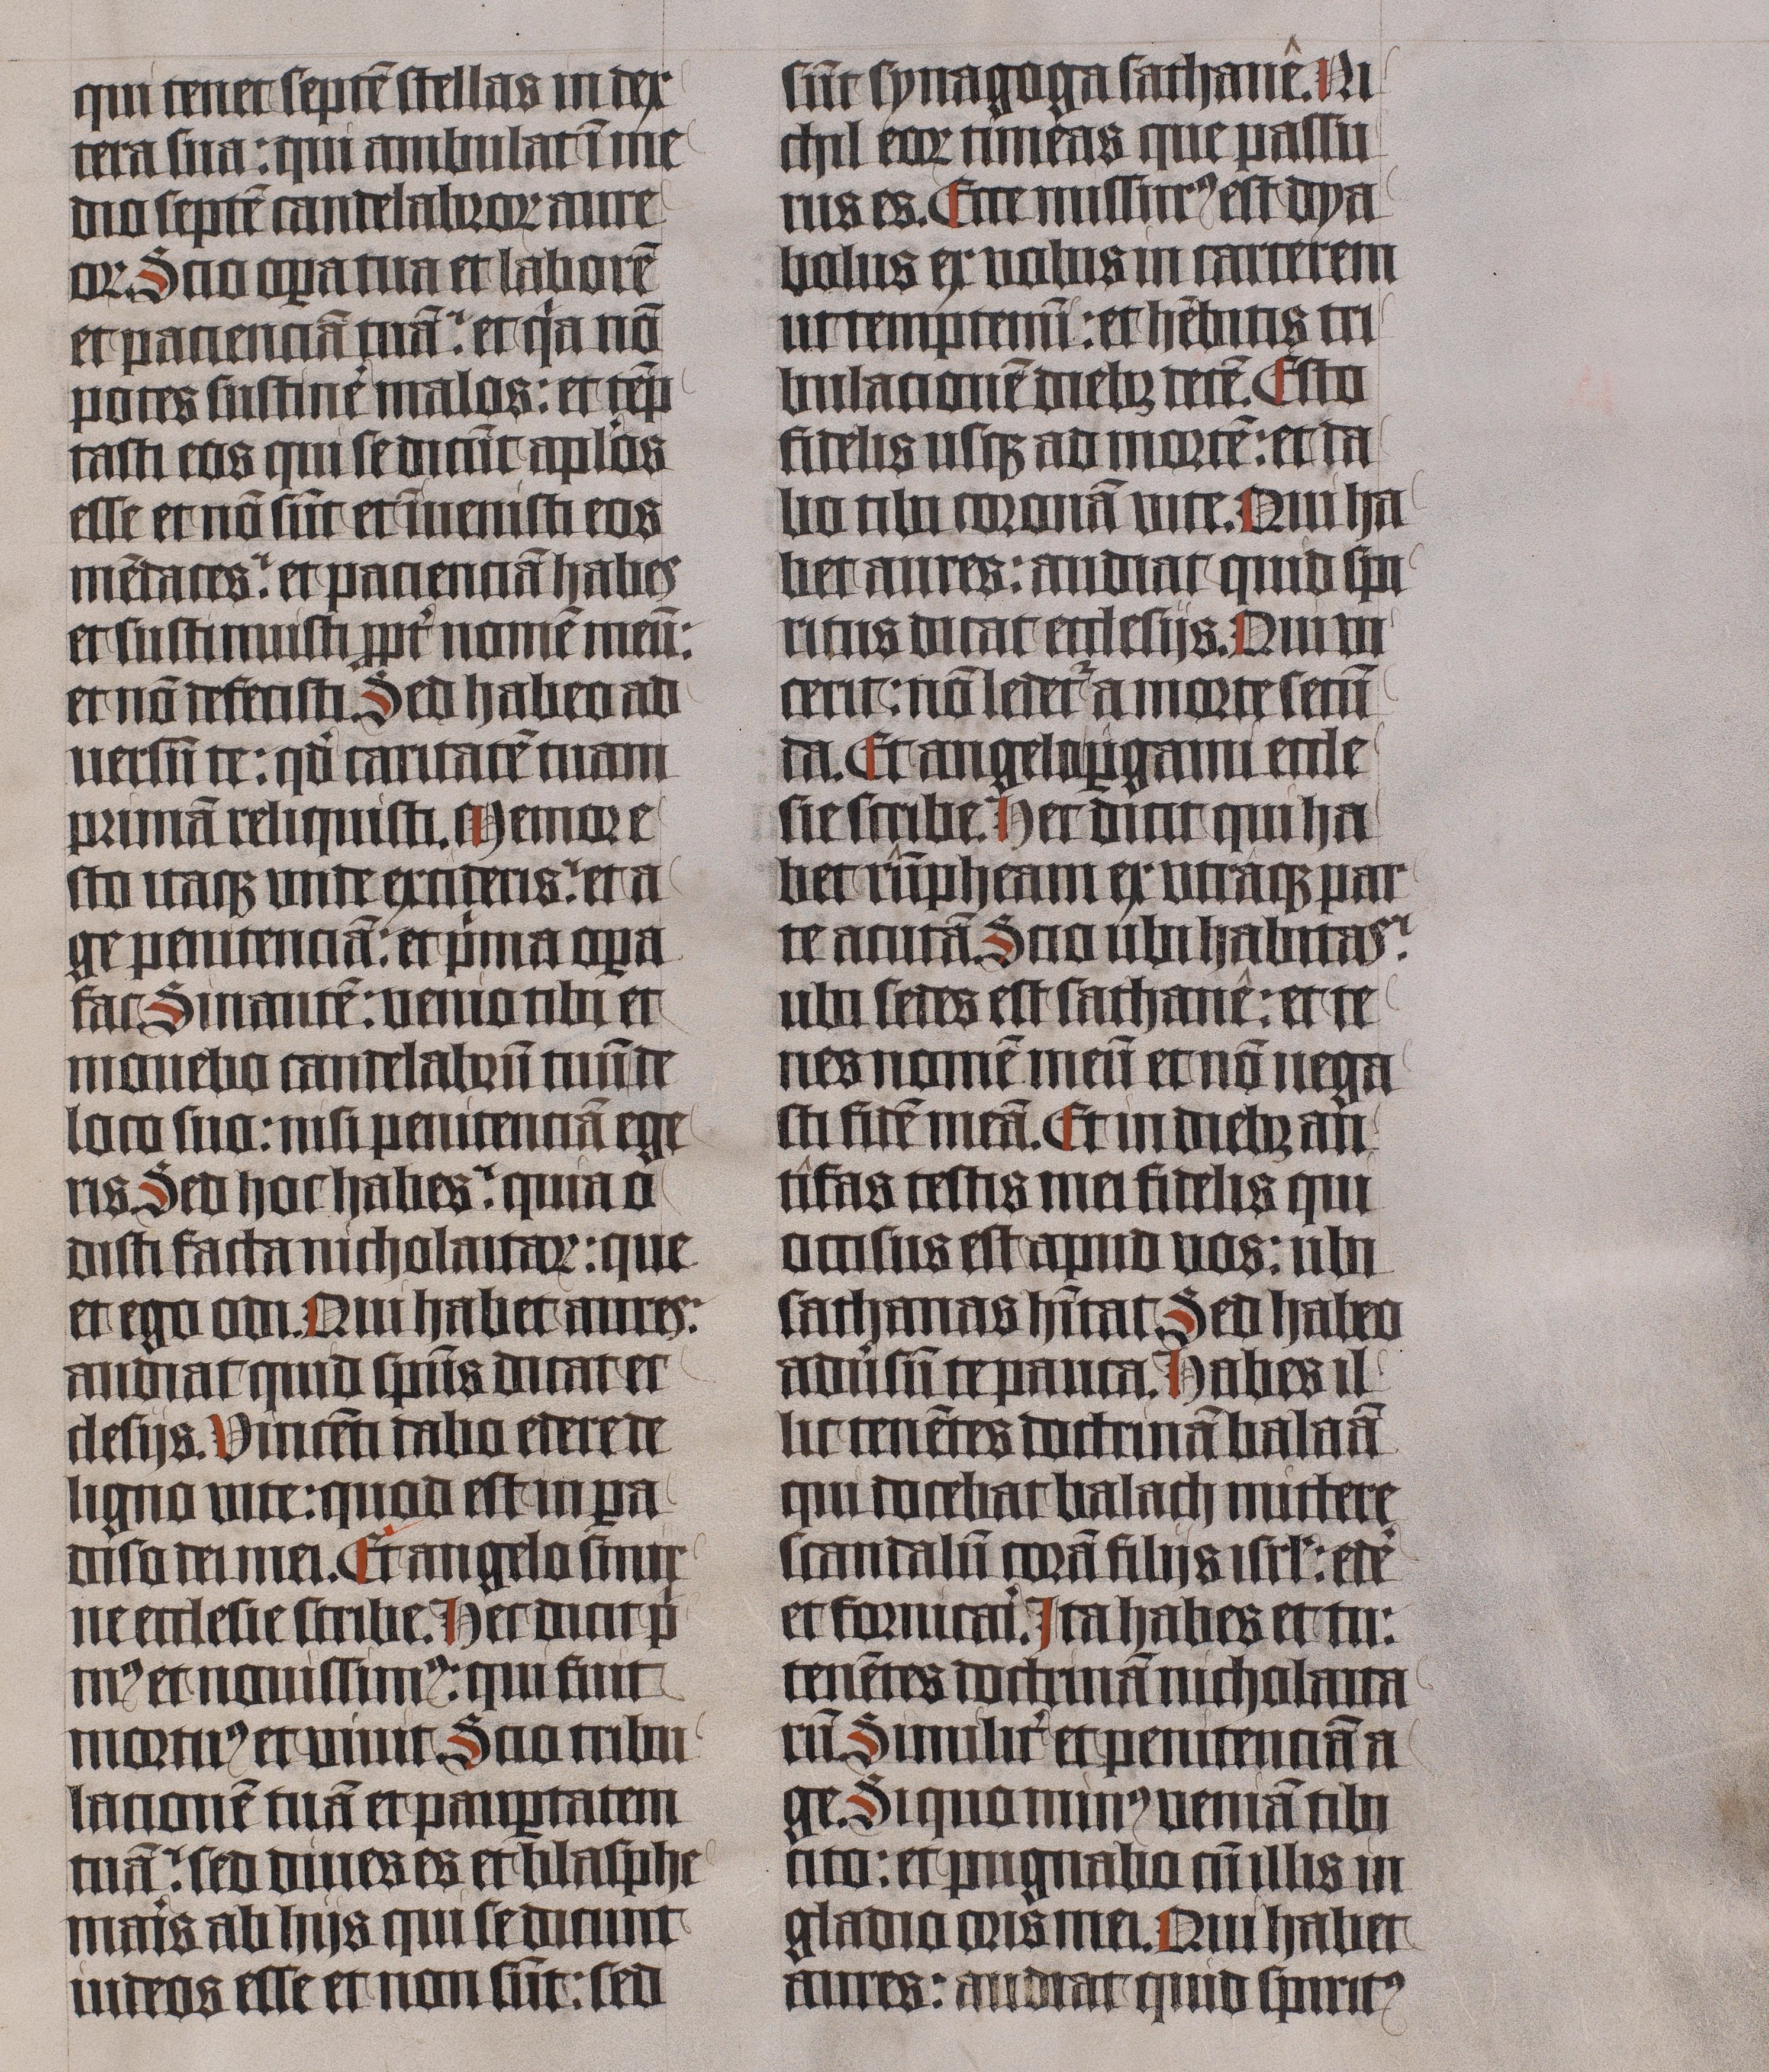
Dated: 1445–1445